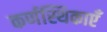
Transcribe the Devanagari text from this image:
कर्णस्थिकाएँ